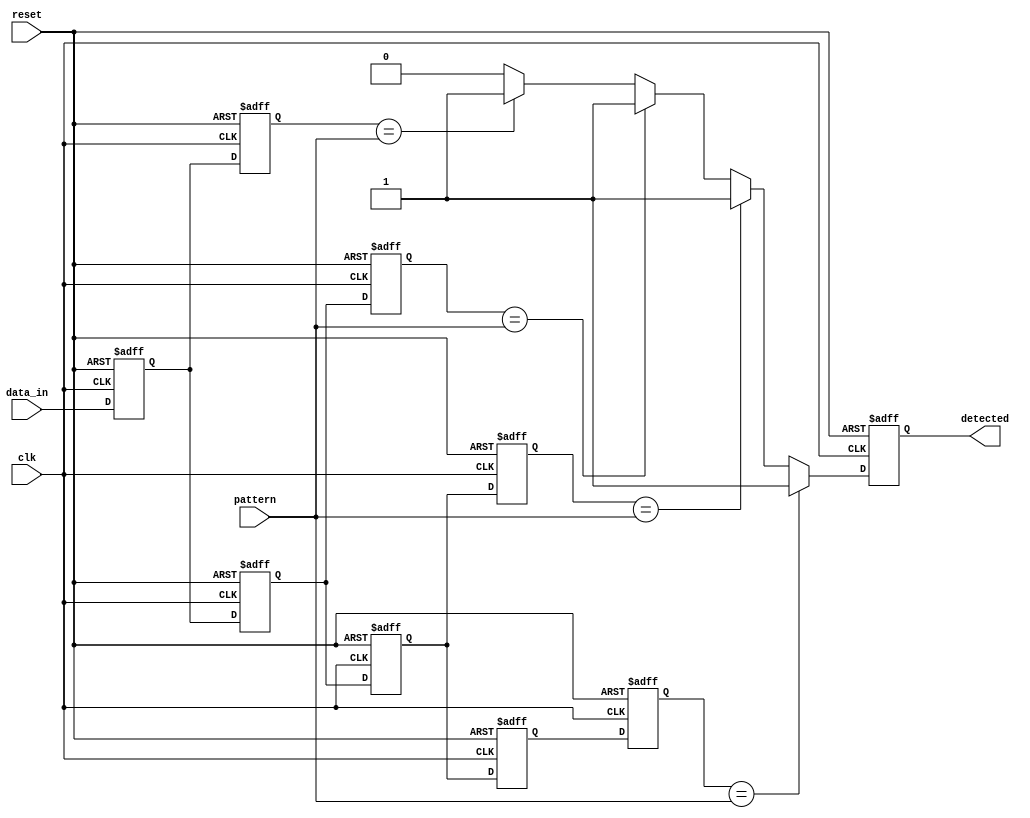
module MemoryBlocksSamplingDelayLineDetector #(
    parameter DATA_WIDTH = 8,        // Width of the input data signal
    parameter NUM_BLOCKS = 4,        // Number of memory blocks (delay stages)
    parameter PATTERN_WIDTH = 8       // Width of the pattern to detect
)(
    input wire clk,                  // Clock signal
    input wire reset,                // Reset signal
    input wire [DATA_WIDTH-1:0] data_in, // Input data signal
    input wire [PATTERN_WIDTH-1:0] pattern, // Pattern to detect
    output reg detected              // Output signal indicating pattern detection
);

    // Memory blocks to store samples
    reg [DATA_WIDTH-1:0] memory [0:NUM_BLOCKS-1];
    
    // Delay line registers
    reg [DATA_WIDTH-1:0] delay_line [0:NUM_BLOCKS-1];

    integer i;

    // Sampling mechanism
    always @(posedge clk or posedge reset) begin
        if (reset) begin
            // Reset memory blocks and delay line
            for (i = 0; i < NUM_BLOCKS; i = i + 1) begin
                memory[i] <= 0;
                delay_line[i] <= 0;
            end
            detected <= 0;
        end else begin
            // Shift the input signal through the delay line
            delay_line[0] <= data_in; // First stage
            for (i = 1; i < NUM_BLOCKS; i = i + 1) begin
                delay_line[i] <= delay_line[i-1]; // Shift
            end
            
            // Store samples in memory blocks
            for (i = 0; i < NUM_BLOCKS; i = i + 1) begin
                memory[i] <= delay_line[i];
            end
            
            // Comparison logic
            detected <= 1'b0; // Default to not detected
            for (i = 0; i < NUM_BLOCKS; i = i + 1) begin
                if (memory[i] == pattern) begin
                    detected <= 1'b1; // Pattern detected
                end
            end
        end
    end

endmodule